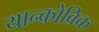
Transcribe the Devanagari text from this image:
यान्कोविक